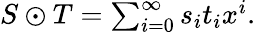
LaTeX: \textstyle S\odot T=\sum_{i=0}^{\infty}s_{i}t_{i}x^{i}.